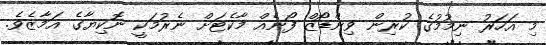
މި އަހަރު ނިމުމުގެ ކުރިން ވިންޑޯޒް ފޯނެއް މާކެޓަށް ނެރުމަކީ ނޮކިޔާގެ އަމާޒެވެ.